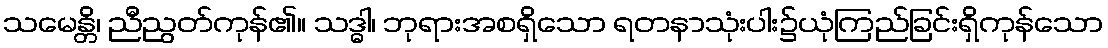
သမေန္တိ၊ ညီညွတ်ကုန်၏။ သဒ္ဓါ၊ ဘုရားအစရှိသော ရတနာသုံးပါး၌ယုံကြည်ခြင်းရှိကုန်သော